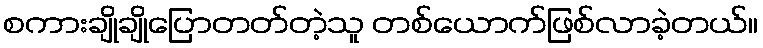
စကားချိုချိုပြောတတ်တဲ့သူ တစ်ယောက်ဖြစ်လာခဲ့တယ်။